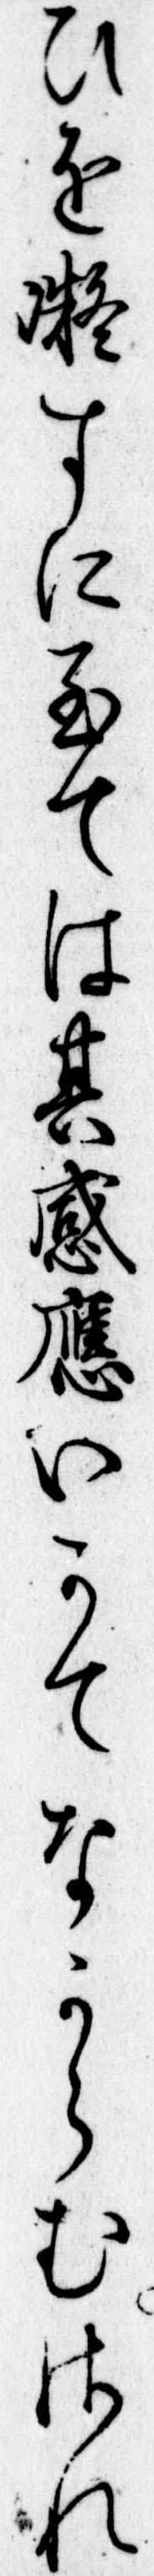
ひを凝すに至ては其感応いかてなからむされ